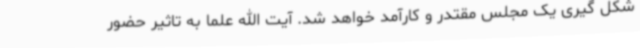
شکل گیری یک مجلس مقتدر و کارآمد خواهد شد. آیت الله علما به تاثیر حضور